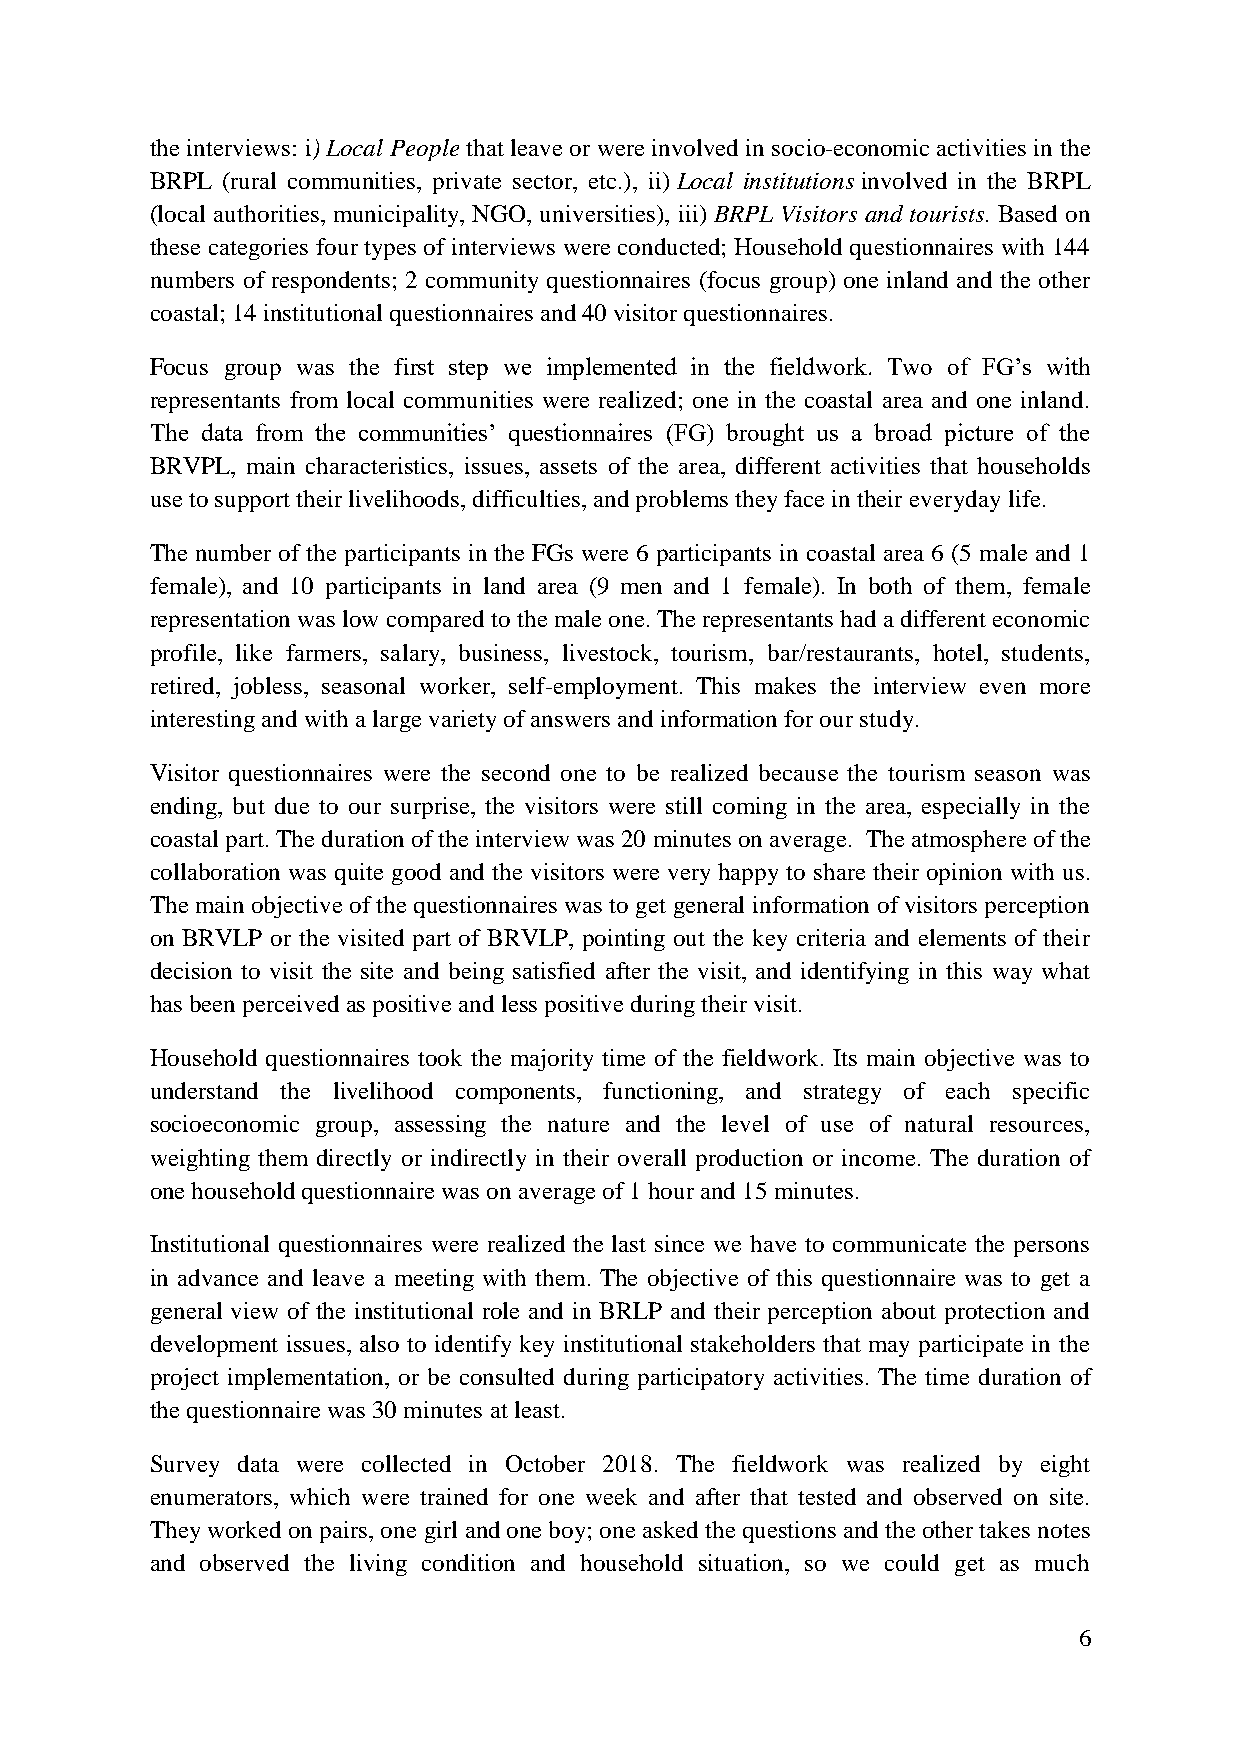
the interviews: i) Local People that leave or were involved in socio-economic activities in the
 BRPL (rural communities, private sector, etc.), ii) Local institutions involved in the BRPL
 (local authorities, municipality, NGO, universities), iii) BRPL Visitors and tourists. Based on
 these categories four types of interviews were conducted; Household questionnaires with 144
 numbers of respondents; 2 community questionnaires (focus group) one inland and the other
 coastal; 14 institutional questionnaires and 40 visitor questionnaires.
 Focus group was the first step we implemented in the fieldwork. Two of FG‟s with
 representants from local communities were realized; one in the coastal area and one inland.
 The data from the communities‟ questionnaires (FG) brought us a broad picture of the
 BRVPL, main characteristics, issues, assets of the area, different activities that households
 use to support their livelihoods, difficulties, and problems they face in their everyday life.
 The number of the participants in the FGs were 6 participants in coastal area 6 (5 male and 1
 female), and 10 participants in land area (9 men and 1 female). In both of them, female
 representation was low compared to the male one. The representants had a different economic
 profile, like farmers, salary, business, livestock, tourism, bar/restaurants, hotel, students,
 retired, jobless, seasonal worker, self-employment. This makes the interview even more
 interesting and with a large variety of answers and information for our study.
 Visitor questionnaires were the second one to be realized because the tourism season was
 ending, but due to our surprise, the visitors were still coming in the area, especially in the
 coastal part. The duration of the interview was 20 minutes on average. The atmosphere of the
 collaboration was quite good and the visitors were very happy to share their opinion with us.
 The main objective of the questionnaires was to get general information of visitors perception
 on BRVLP or the visited part of BRVLP, pointing out the key criteria and elements of their
 decision to visit the site and being satisfied after the visit, and identifying in this way what
 has been perceived as positive and less positive during their visit.
 Household questionnaires took the majority time of the fieldwork. Its main objective was to
 understand the livelihood components, functioning, and strategy of each specific
 socioeconomic group, assessing the nature and the level of use of natural resources,
 weighting them directly or indirectly in their overall production or income. The duration of
 one household questionnaire was on average of 1 hour and 15 minutes.
 Institutional questionnaires were realized the last since we have to communicate the persons
 in advance and leave a meeting with them. The objective of this questionnaire was to get a
 general view of the institutional role and in BRLP and their perception about protection and
 development issues, also to identify key institutional stakeholders that may participate in the
 project implementation, or be consulted during participatory activities. The time duration of
 the questionnaire was 30 minutes at least.
 Survey data were collected in October 2018. The fieldwork was realized by eight
 enumerators, which were trained for one week and after that tested and observed on site.
 They worked on pairs, one girl and one boy; one asked the questions and the other takes notes
 and observed the living condition and household situation, so we could get as much
 6